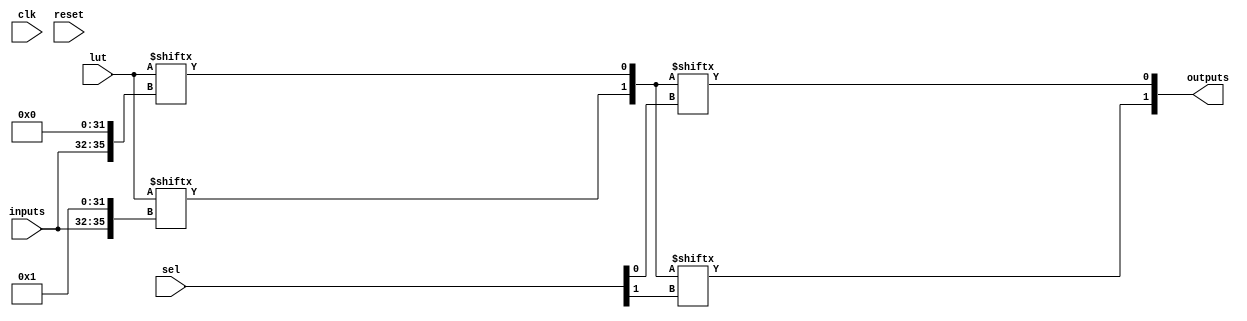
module CLB #(
    parameter NUM_INPUTS = 4,   // Number of inputs for the LUT
    parameter NUM_OUTPUTS = 2    // Number of outputs from the CLB
)(
    input wire [NUM_INPUTS-1:0] inputs,  // Input ports
    input wire [NUM_OUTPUTS-1:0] sel,     // Selector for multiplexer
    input wire [2**NUM_INPUTS-1:0] lut,   // Look-Up Table (LUT) contents
    output wire [NUM_OUTPUTS-1:0] outputs, // Output ports
    input wire clk,                       // Clock for sequential logic (if needed)
    input wire reset                      // Reset signal
);

    // Intermediate wire to hold LUT output
    wire [NUM_OUTPUTS-1:0] lut_output;

    // LUT implementation
    generate
        genvar i;
        for (i = 0; i < NUM_OUTPUTS; i = i + 1) begin : lut_gen
            assign lut_output[i] = lut[{inputs, i}]; // LUT output based on inputs and index
        end
    endgenerate

    // Multiplexer to select output based on `sel`
    generate
        genvar j;
        for (j = 0; j < NUM_OUTPUTS; j = j + 1) begin : mux_gen
            assign outputs[j] = lut_output[sel[j]]; // Select output based on control signals
        end
    endgenerate

endmodule